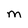
Character: M